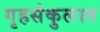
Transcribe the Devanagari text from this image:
गृहसंकुलात